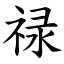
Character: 禄